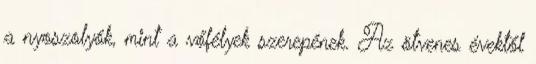
a nyoszolyók, mint a vőfélyek szerepének. Az ötvenes évektől